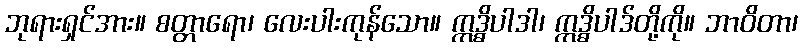
ဘုရားရှင်အား။ စတ္တာရော၊ လေးပါးကုန်သော။ ဣဒ္ဓိပါဒါ၊ ဣဒ္ဓိပါဒ်တို့ကို။ ဘာဝိတာ၊